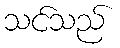
သင်သည်